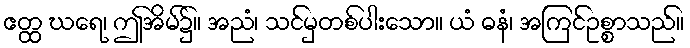
ဧတ္ထ ဃရေ၊ ဤအိမ်၌။ အညံ၊ သင်မှတစ်ပါးသော။ ယံ ဓနံ၊ အကြင်ဥစ္စာသည်။